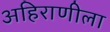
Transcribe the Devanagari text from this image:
अहिराणीला